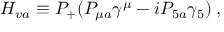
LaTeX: H _ { v a } \equiv P _ { + } ( P _ { \mu a } \gamma ^ { \mu } - i P _ { 5 a } \gamma _ { 5 } ) \; ,